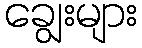
ချွေးများ